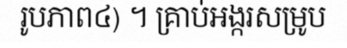
រូបភាព៤) ។ គ្រាប់អង្ករសម្រូប